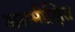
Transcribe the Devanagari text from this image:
असमीक्षित